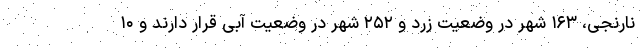
نارنجی، ۱۶۳ شهر در وضعیت زرد و ۲۵۲ شهر در وضعیت آبی قرار دارند و ۱۰